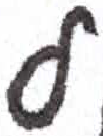
אות: ל